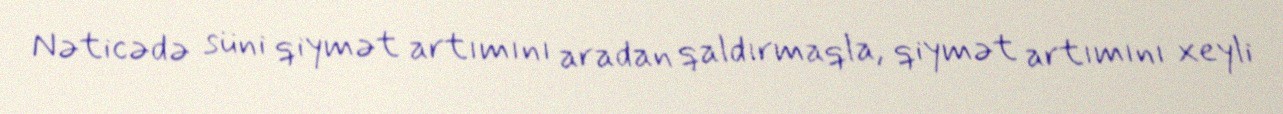
Nəticədə süni qiymət artımını aradan qaldırmaqla, qiymət artımını xeyli